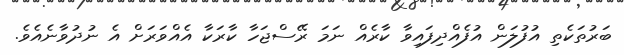
ބަރުތަކެތި އުފުލަން އުފެއްދިފައިވާ ކާރެއް ނަމަ ރޭސްޖަހާ ކާރަކާ އެއްވަރަށް އެ ނުދުވާނެއެވެ.